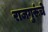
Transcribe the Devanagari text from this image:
राजगुरूंचे